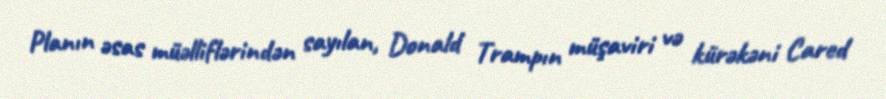
Planın əsas müəlliflərindən sayılan, Donald Trampın müşaviri və kürəkəni Cared